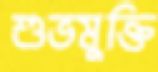
শুভমুক্তি